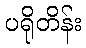
ပရိုတိန်း